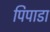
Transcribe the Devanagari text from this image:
पिपाडा